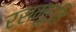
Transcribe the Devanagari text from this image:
रसमूर्ति